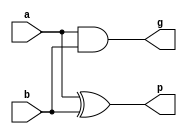
module pfa(a,b,p,g);  //A one PFA. I need 16 of them5
    //wire w;
    //reg a,b,c;
    //wire sum,p,g;
    input  a,b;
    output  p,g;

    //xor (w,a,b);     //repeated P. May need it may not. 
    and #1 (g,a,b);  //Gi
    xor #1 (p,a,b);   //Pi
    //xor (sum,w,c);  //sum 
endmodule
                //input    output   
module half_adder_gate(A,B,Cin,carry,out);
    input [3:0] A,B;
    input Cin;
    output [3:0] out;
    output carry;    
    wire [3:0] P,G;
    //wire p0,g0;
    //wire b1,b2,b3;
    wire w3,w4,w5,w6,w7,w8,w9,w10,w11,w12;
    wire c1,c2,c3,c4,c5,c6,c7;

        pfa PFA0(A[0],B[0],P[0],G[0]);
        and #1 (w3,P[0],Cin);
        or #1 (c1,G[0],w3);
        pfa PFA1(A[1],B[1],P[1],G[1]);
        and #1 (w4,P[1],G[0]);
        and #1 (w5,P[1],P[0],Cin);
        or #1 (c2,G[1],w4,w5); 
        pfa PFA2(A[2],B[2],P[2],G[2]);
        and #1 (w6,P[2],G[1]);
        and #1 (w7,P[2],P[1],G[0]);
        and #1 (w8,P[2],P[1],P[0],Cin);
        or #1 (c3,G[2],w6,w7,w8);
        pfa PFA3(A[3],B[3],P[3],G[3]);
        and #1 (w9,P[3],G[2]);
        and #1 (w10,P[3],P[2],G[1]);
        and #1 (w11,P[3],P[2],P[1],G[0]);
        and #1 (w12,P[3],P[2],P[1],P[0],Cin);
        or #1 (carry,G[3],w9,w10,w11,w12);
        
  

        xor #1 (out[0],P[0],Cin);
        xor #1 (out[1],P[1],c1);
        xor #1 (out[2],P[2],c2);
        xor #1 (out[3],P[3],c3);
     




        //propagate
        //and (p0,P[3],P[2],P[1],P[0]);

        //GENERATE
        //and (w,P[3],G[2]);
        //and (w1,P[3],P[2],G[1]);
        //and (w2,P[3],P[2],P[1],G[0]);
        //or (w,w1,w2);
//CLA 


       
     
        
       
endmodule   

module adder_gate(x,y,carry,out);
input [7:0] x, y;
output carry;
output [7:0] out;
wire c4;
reg Cin=0;
half_adder_gate h1(x[3:0],y[3:0],Cin,c4,out[3:0]);
half_adder_gate h2(x[7:4],y[7:4],c4,carry,out[7:4]);

endmodule